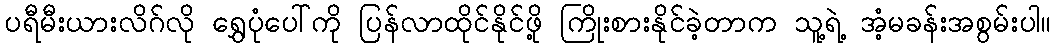
ပရီမီးယားလိဂ်လို ရွှေပုံပေါ်ကို ပြန်လာထိုင်နိုင်ဖို့ ကြိုးစားနိုင်ခဲ့တာက သူ့ရဲ့ အံ့မခန်းအစွမ်းပါ။